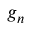
g _ { n }